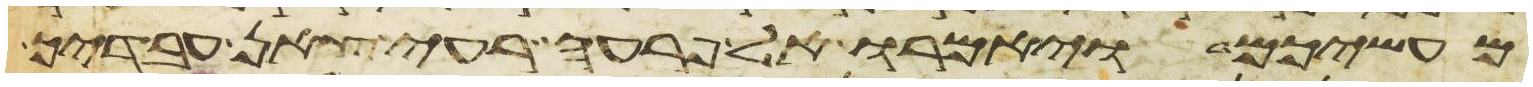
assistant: מעשיכם ויאמרו אל פרעה רעי צאן עבדיך